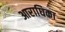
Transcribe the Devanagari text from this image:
आराधिका